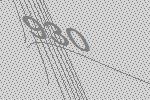
930